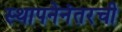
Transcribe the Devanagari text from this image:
स्थापनेनंतरची